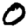
Digit: 0